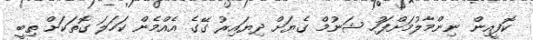
ކޮފީއިން ނިންމާލުމަށްފަހު ޝަނުމް ގެޔަށް ދިޔައިރު ގޭގެ އެއްމެން ކަހަލަ ގޮތަކަށް ތިބީ